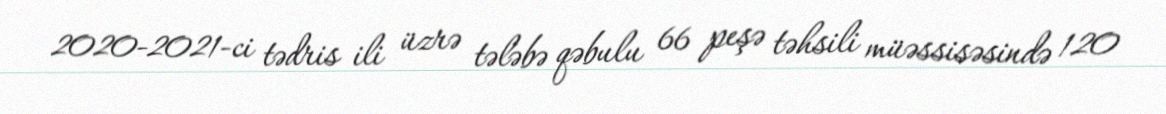
2020-2021-ci tədris ili üzrə tələbə qəbulu 66 peşə təhsili müəssisəsində 120